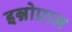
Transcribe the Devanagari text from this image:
इन्नोप्रान